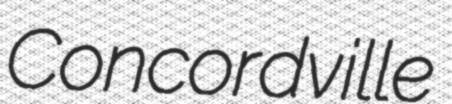
Concordville